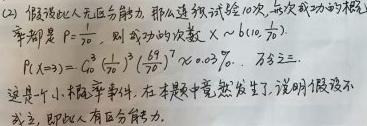
(2) 假设此人无区分能力，那么连续试验10次，每次成功的概率都是 \(P = \frac{1}{70}\)，则成功的次数 \(X\sim b(10,\frac{1}{70})\)。\(P(X = 3)=C_{10}^{3}(\frac{1}{70})^{3}(\frac{69}{70})^{7}\approx 0.3\%\)，即百分之零点三。这是一个小概率事件，在本题中竟然发生了，说明假设不成立。 （这里推测你原文“说明假设不”后面是想表达“成立”，按照合理语义补充完整了，如果不是请指出）